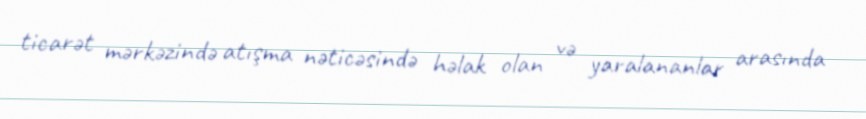
ticarət mərkəzində atışma nəticəsində həlak olan və yaralananlar arasında